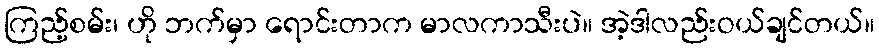
ကြည့်စမ်း၊ ဟို ဘက်မှာ ရောင်းတာက မာလကာသီးပဲ။ အဲ့ဒါလည်းဝယ်ချင်တယ်။